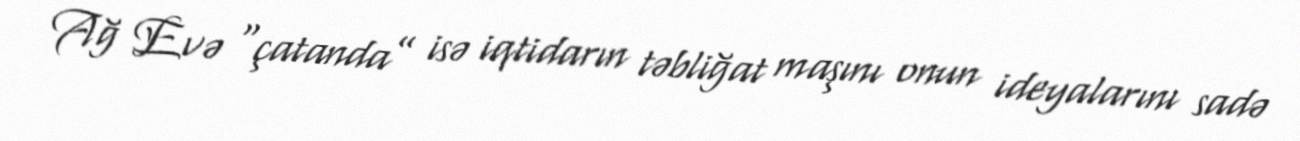
Ağ Evə “çatanda” isə iqtidarın təbliğat maşını onun ideyalarını sadə